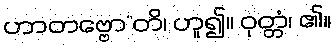
ဟာတဗ္ဗော”တိ၊ ဟူ၍။ ဝုတ္တံ၊ ၏။